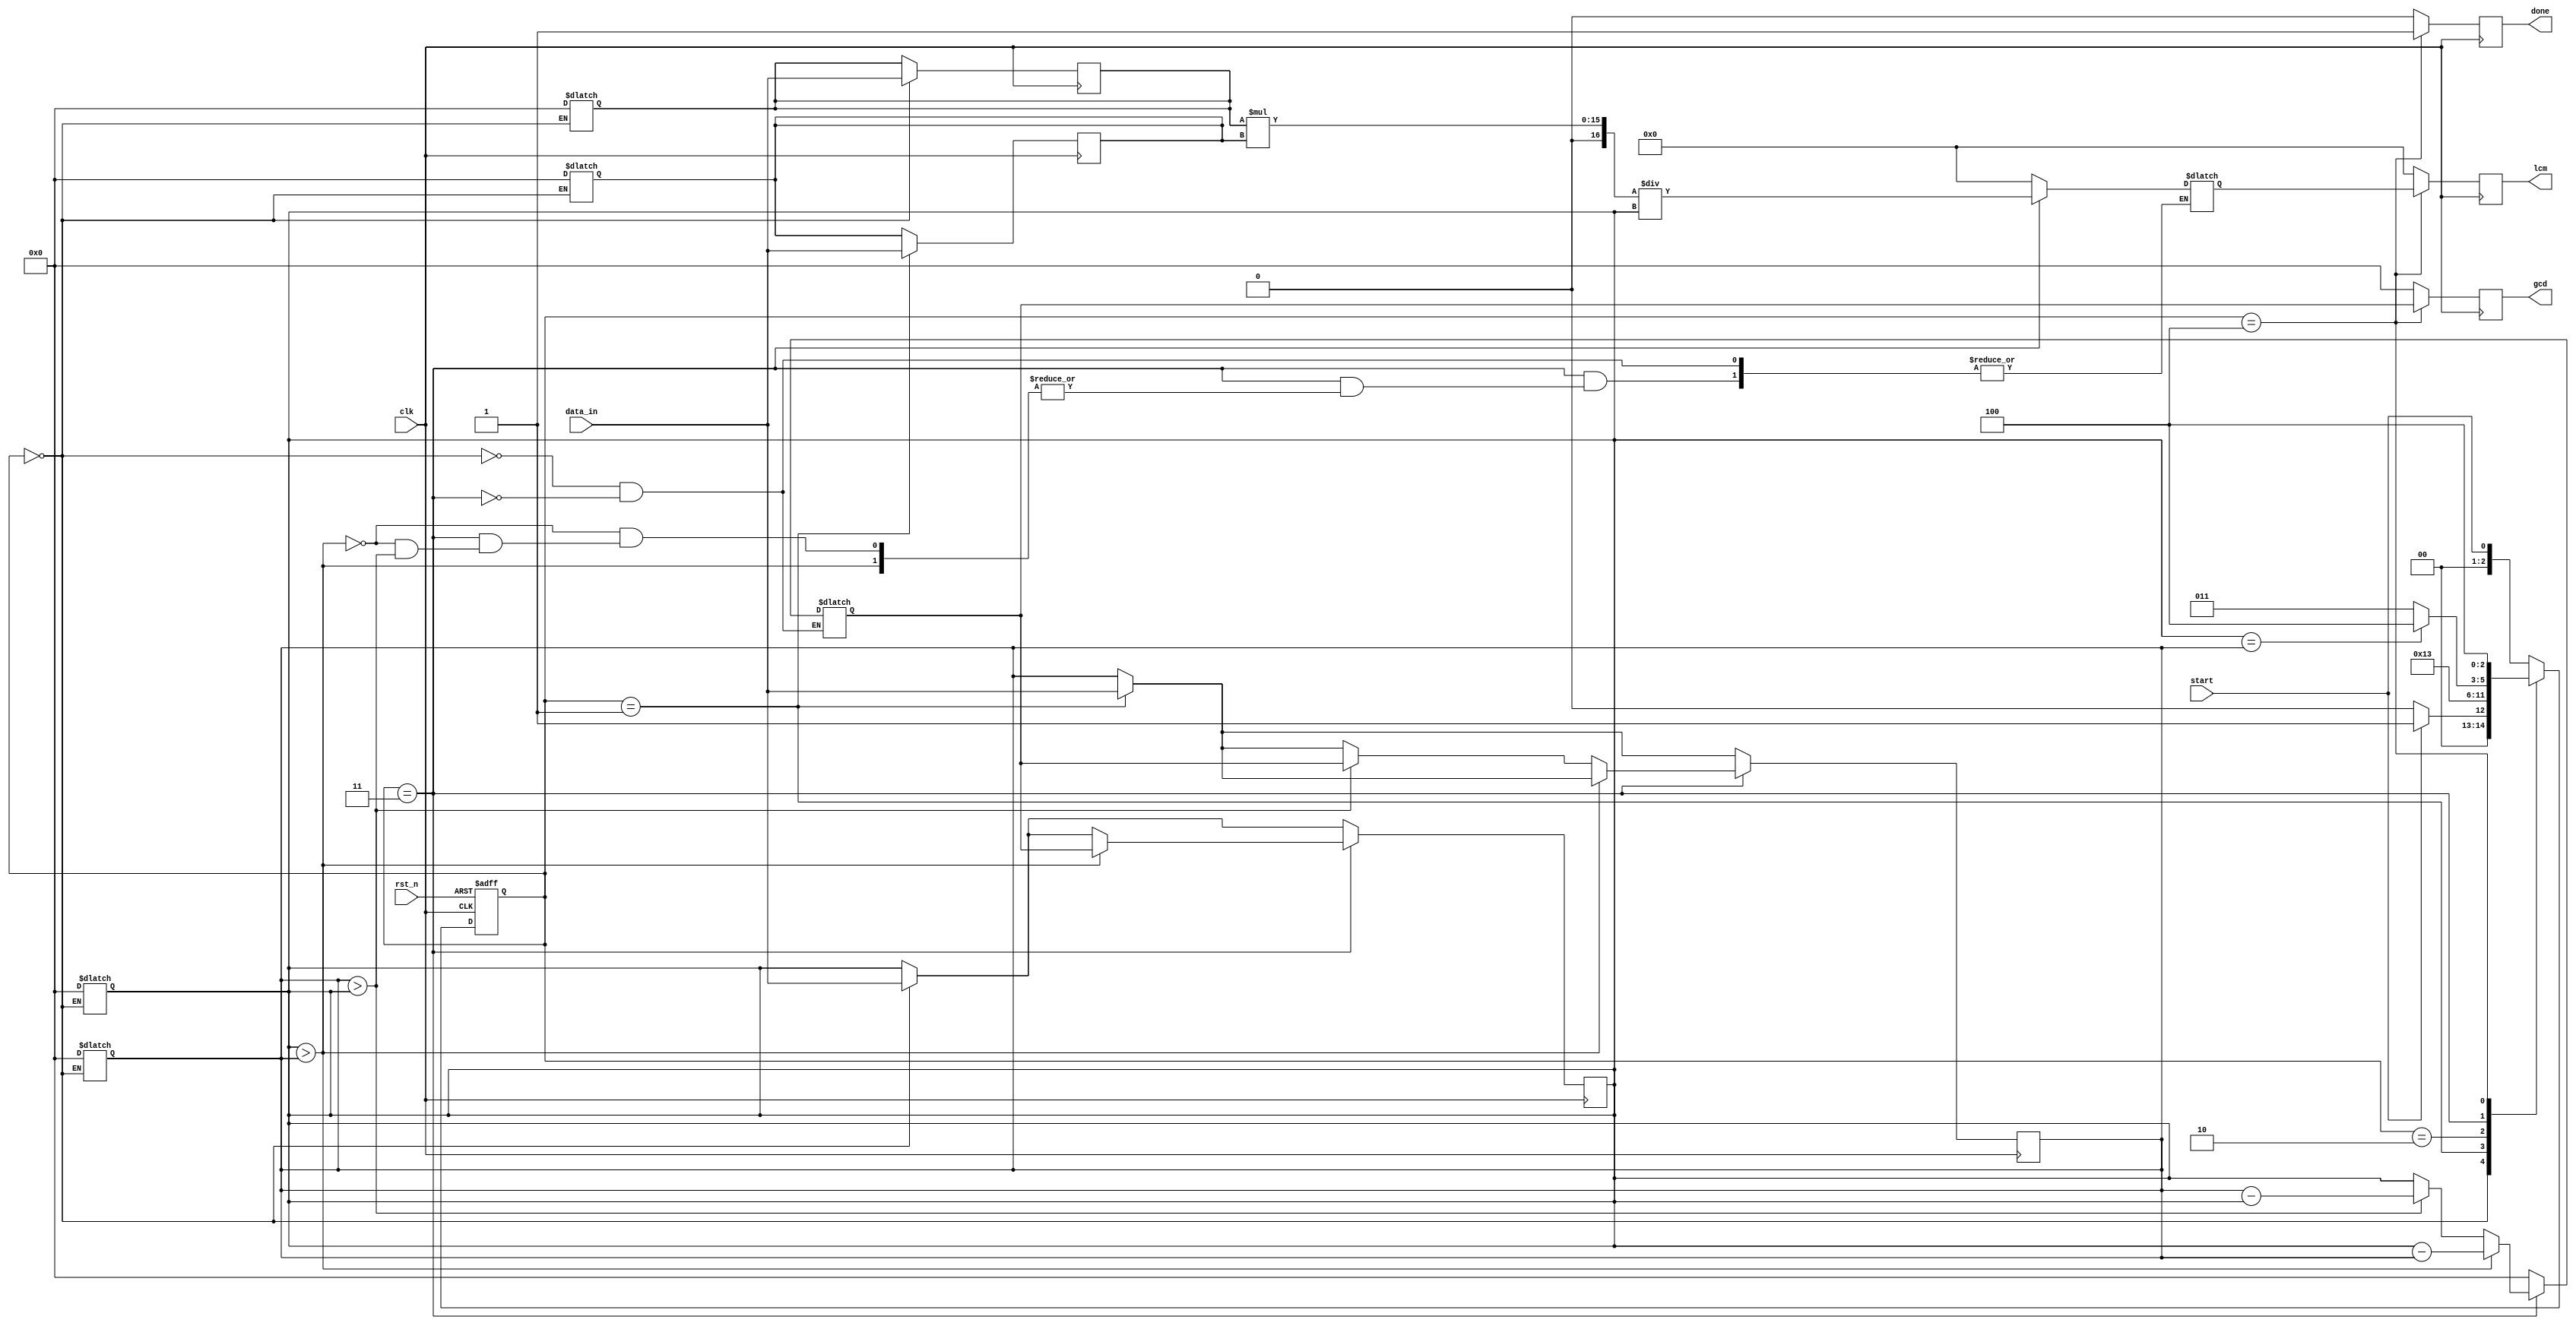
module GCD_LCM #(parameter SIZE = 8) (

    input clk,

    input rst_n,

    input [SIZE-1:0] data_in,

    input start,

    output reg [SIZE-1:0] gcd,

    output reg [SIZE*2:0] lcm,

    output reg done

);

 

    reg [SIZE-1:0] regA,regB,tempA,tempB,SUB;

    reg [SIZE*2:0] temp;

 

    ///////////////////////////////////////////////////////////////////// CONTROL PATH

    localparam START = 0, REGA = 1, REGB = 2, CALC = 3, DONE = 4;

    reg [2:0] state,next;

    always @(*) begin

        case(state)

            START: next = start?REGA:START;

            REGA: next = REGB;

            REGB: next = CALC;

            CALC: next = (tempA == tempB)?DONE:CALC;

            DONE: next = DONE;

            default: next = start;

        endcase

    end

    always @(posedge clk or negedge rst_n) begin

        if(!rst_n) state <= START;

        else state <= next;

    end

 

    //////////////////////////////////////////////////////////////////// DATA PATH

 

    always @(*) begin

        case(state)

        START: begin

            regA = 0;

            regB = 0;

            tempA = 0;

            tempB = 0;

            SUB = 0;

            temp = 0;

        end

        REGA: begin

            // regA = data_in;

            // tempA = regA;

        end

        REGB: begin

            // regB = data_in;

            // tempB = regB;

        end

        CALC: begin

            if(tempA > tempB) begin

                SUB = tempA - tempB;

                // tempA = SUB;

            end

            else if(tempB > tempA) begin

                SUB = tempB - tempA;

                // tempB = SUB;

            end

            else begin

                SUB = tempA;

                temp = regA*regB / SUB;

            end

        end

        DONE: begin

           

        end

        endcase

    end

 

    always @(posedge clk ) begin

        if(state == DONE) begin

           done <= 1'b1;

            gcd <= SUB;

            lcm <= temp;

        end

        else begin

            done <= 1'b0;

            gcd <= 0;

            lcm <= 0;

        end

    end

    always @(posedge clk) begin

        if(state == START) begin

            regA <= data_in;

            tempA <= data_in;

        end

        if(state == REGA) begin

            regB <= data_in;

            tempB <= data_in;

        end

        if(state == CALC) begin

            if(tempA > tempB) tempA <= SUB;

            else if(tempB > tempA) tempB <= SUB;

        end

    end

endmodule